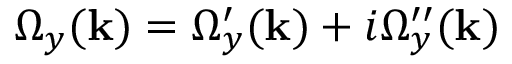
\Omega _ { y } ( \mathbf { k } ) = \Omega _ { y } ^ { \prime } ( \mathbf { k } ) + i \Omega _ { y } ^ { \prime \prime } ( \mathbf { k } )